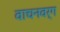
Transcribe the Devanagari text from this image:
वाचनवर्ग